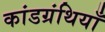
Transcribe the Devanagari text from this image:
कांडग्रंथियाँ